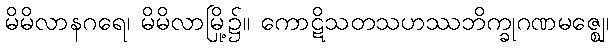
မိမိလာနဂရေ၊ မိမိလာမြို့၌။ ကောဋိသတသဟဿဘိက္ခုဂဏမဇ္ဈေ၊